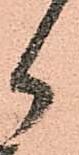
郎